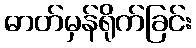
ဓာတ်မှန်ရိုက်ခြင်း